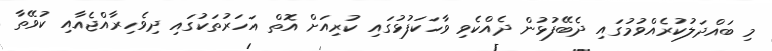
މި ބައްދަލުކުރެއްވުމުގައި ދެބޭފުޅުން ދެއްކެވި ވާހަކަފުޅުގައި ކުރިއަށް އޮތް އަހަރުތަކުގައި ދިވެހިރާއްޖެއާއި ކުވޭތާ